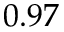
0 . 9 7